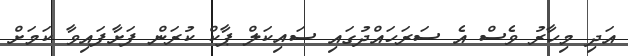
އަދި މިހާރު ވެސް އެ ސަރަހައްދުގައި ސައިކަލް ޕާކް ކުރަން ފަށާފައިވާ ކަމަށް